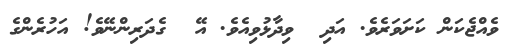
ވެއްޖެކަން ކަށަވަރެވެ. އަދި  ވިދާޅުވިއެވެ. އޭ  ގެދަރިންނޭވެ! އަހުރެންގެ